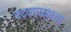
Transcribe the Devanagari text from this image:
वटवाघळाचा